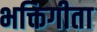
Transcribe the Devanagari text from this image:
भक्तिगीता